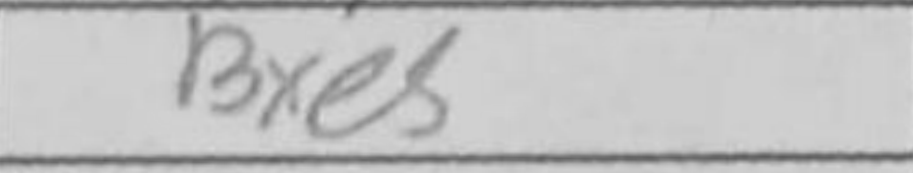
Transcription: Bxe5